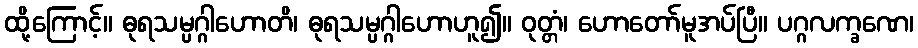
ထို့ကြောင့်။ ဓုရသမ္ပဂ္ဂါဟောတိ၊ ဓုရသမ္ပဂ္ဂါဟောဟူ၍။ ဝုတ္တံ၊ ဟောတော်မူအပ်ပြီ။ ပဂ္ဂလက္ခဏေ၊